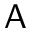
\mathsf { A }